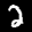
Label: 2